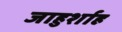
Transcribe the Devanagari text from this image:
जाहुर्शाह